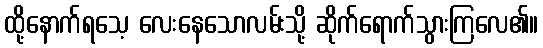
ထို့နောက်ရသေ့ လေးနေသောလမ်းသို့ ဆိုက်ရောက်သွားကြလေ၏။